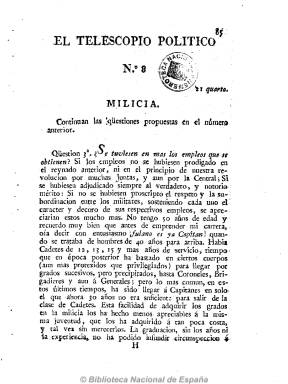
Título: El Telescopio político (Isla de León)
Colección: Periódicos anteriores a 1850
Ámbito geográfico: Cádiz
Lugar de publicación: Isla de León (Cádiz)
Fechas: 01/01/1811-31/12/1811

Comenzó a publicarse a mediados de diciembre de 1810 en números de entre 12 y 16 páginas, con la intención de salir una o dos veces a la semana, pero las escasas dos imprentas de la Real Isla de León (hoy San Fernando, en la provincia de Cádiz) en aquel momento dificultó la frecuencia de su salida. Publicó largos artículos teóricos, preferentemente de asuntos militares, como en el número 8, ya en el año 1811 y sin pie de imprenta, continuación de uno dedicado a la milicia, incluyendo al final un apotegma. Salió de la imprenta de Francisco Paula Períu, y fue más doctrinal que político, de tendencia liberal templada.